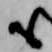
も